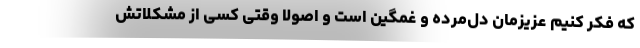
که فکر کنیم عزیزمان دل‌مرده و غمگین است و اصولاً وقتی کسی از مشکلاتش